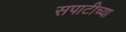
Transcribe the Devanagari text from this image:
सपाटीच्या